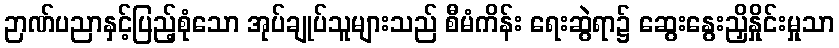
ဉာဏ်ပညာနှင့်ပြည့်စုံသော အုပ်ချုပ်သူများသည် စီမံကိန်း ရေးဆွဲရာ၌ ဆွေးနွေးညှိနှိုင်းမှုသာ